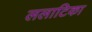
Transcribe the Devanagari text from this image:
ललाटिका